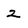
Character: 2